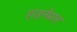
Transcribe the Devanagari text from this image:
हाइनेमान